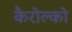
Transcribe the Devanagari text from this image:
कैरोल्को